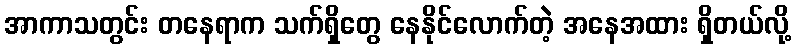
အာကာသတွင်း တနေရာက သက်ရှိတွေ နေနိုင်လောက်တဲ့ အနေအထား ရှိတယ်လို့